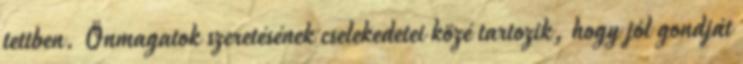
tettben. Önmagatok szeretésének cselekedetei közé tartozik, hogy jól gondját